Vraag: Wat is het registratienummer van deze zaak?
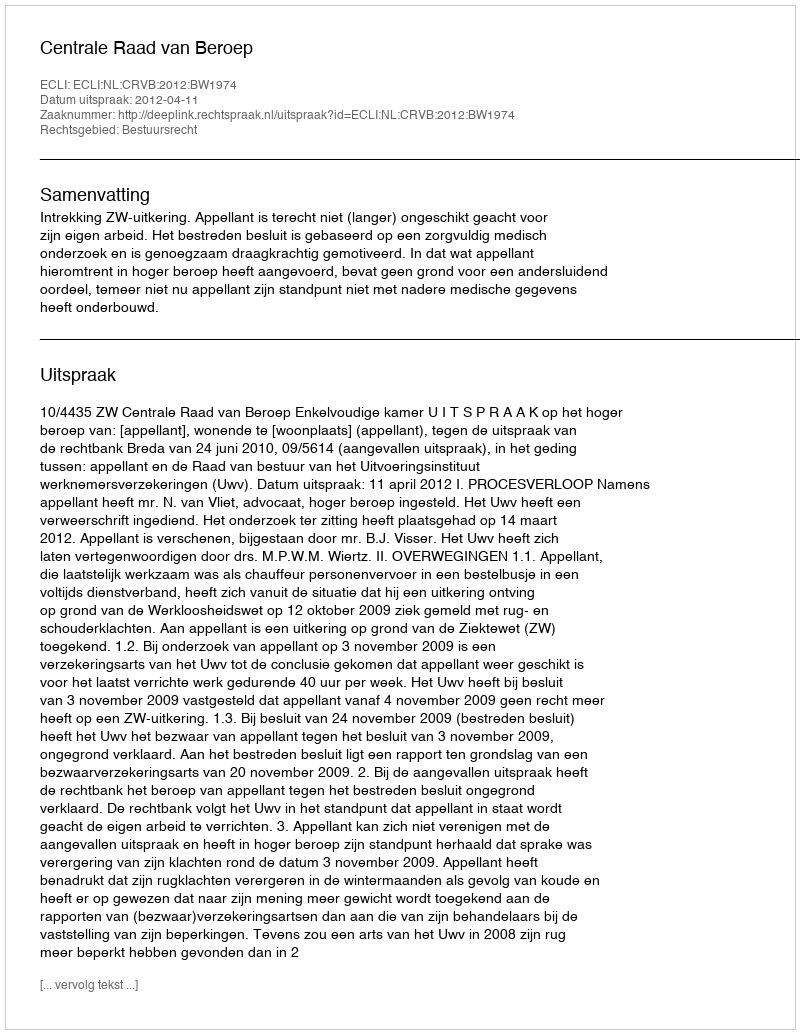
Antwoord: http://deeplink.rechtspraak.nl/uitspraak?id=ECLI:NL:CRVB:2012:BW1974